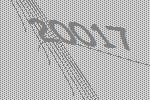
20017